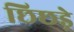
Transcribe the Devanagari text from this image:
छिछड़े